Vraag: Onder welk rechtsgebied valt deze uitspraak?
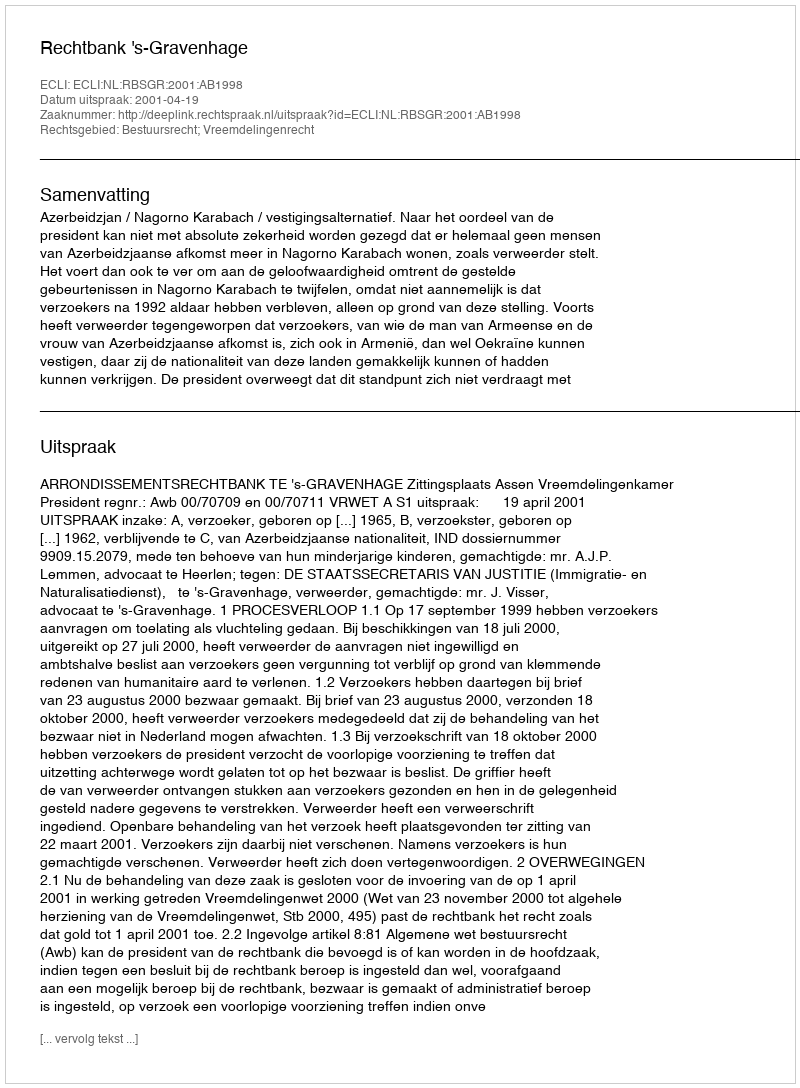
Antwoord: Bestuursrecht; Vreemdelingenrecht